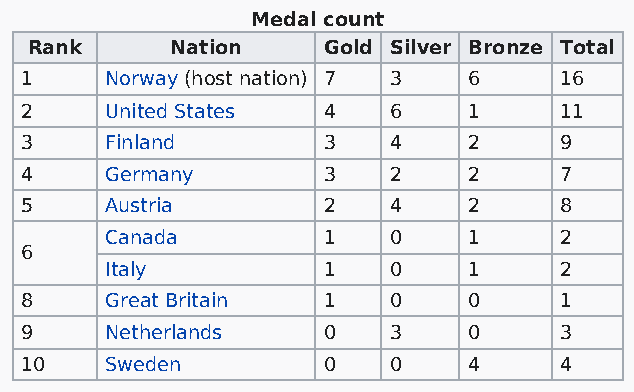
Medal count
 Rank     Nation    Gold Silver Bronze Total
 1     Norway (host nation) 7 3 6    16
 2     United States 4    6    1     11
 3     Finland       3    4    2     9
 4     Germany       3    2    2     7
 5     Austria       2    4    2     8
 Canada        1    0    1     2
 6
 Italy         1    0    1     2
 8     Great Britain 1    0    0     1
 9     Netherlands   0    3    0     3
 10    Sweden        0    0    4     4